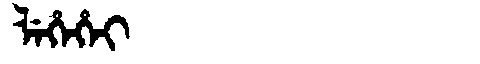
Manchu: ᠯᡝᡥᡝᡥᡝᡳ
Romanization: LEHEHEI